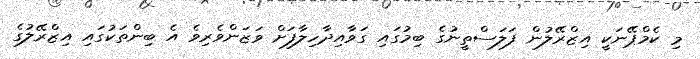
މި ކެމްޕޭނަކީ އިޒްރޭލުން ފަލަސްތީނުގެ ބިމުގައި ގަވާއިދާހިލާފަށް ވަޒަންވެރިވެ އެ ބިންތަކުގައި އިޒްރޭލުގެ